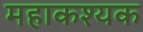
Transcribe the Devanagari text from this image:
महाकश्यक